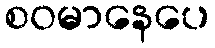
စဝမာနေပေ